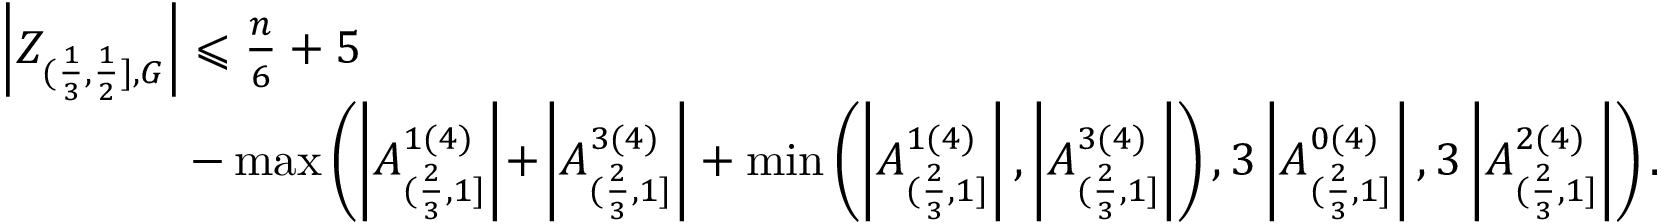
\begin{array} { r l } & { \left| Z _ { ( \frac { 1 } { 3 } , \frac { 1 } { 2 } ] , G } \right| \leqslant \frac { n } { 6 } + 5 } \\ & { \, \, \, \, \, \, \, \, \, \, \, \, \, \, \, \, \, \, \, \, \, \, \, \, - \operatorname* { m a x } \left( \left| A _ { ( \frac { 2 } { 3 } , 1 ] } ^ { 1 ( 4 ) } \right| \! + \! \left| A _ { ( \frac { 2 } { 3 } , 1 ] } ^ { 3 ( 4 ) } \right| + \operatorname* { m i n } \left( \left| A _ { ( \frac { 2 } { 3 } , 1 ] } ^ { 1 ( 4 ) } \right| , \left| A _ { ( \frac { 2 } { 3 } , 1 ] } ^ { 3 ( 4 ) } \right| \right) , 3 \left| A _ { ( \frac { 2 } { 3 } , 1 ] } ^ { 0 ( 4 ) } \right| , 3 \left| A _ { ( \frac { 2 } { 3 } , 1 ] } ^ { 2 ( 4 ) } \right| \right) . } \end{array}